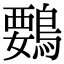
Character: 䳩